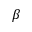
\beta